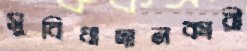
সুবিধাদানকারী